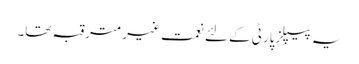
یہ پیپلزپارٹی کے لئے نعمت غیر مترقبہ تھا۔